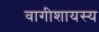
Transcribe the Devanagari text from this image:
वागीशायस्य